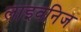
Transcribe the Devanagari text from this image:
लाइवनिज